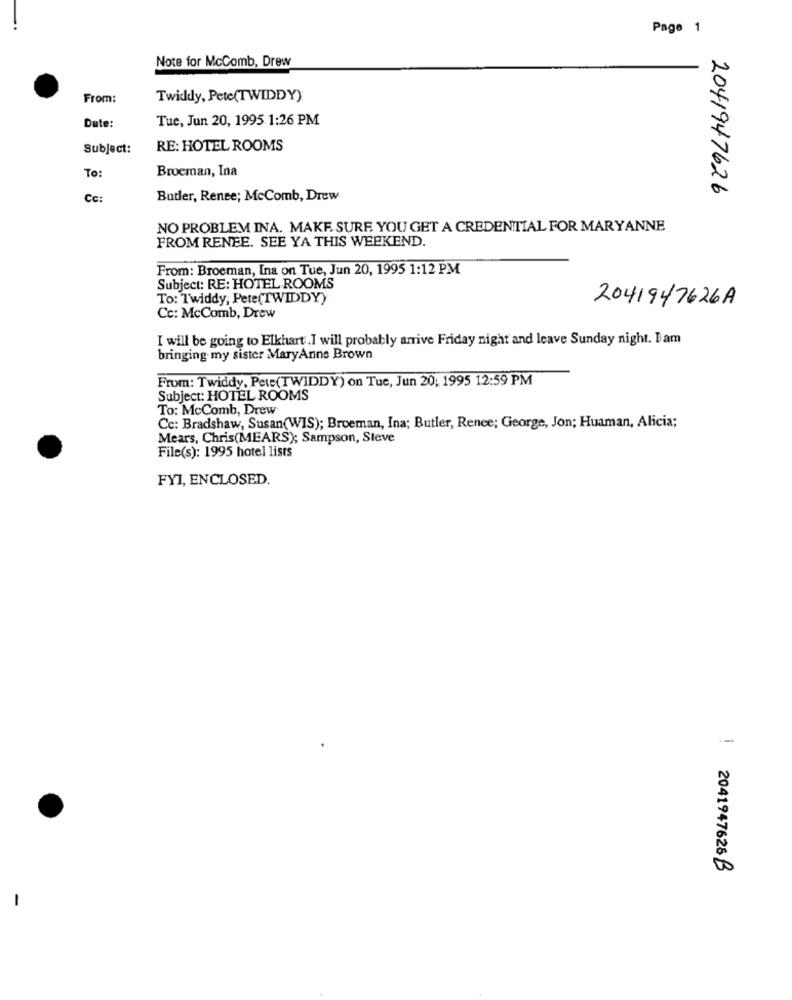
Page 1
Note for McComb, Drew
From:
Twiddy, Pete(TWIDDY)
Date:
Tue, Jun 20, 1995 1:26 PM
Subject:
RE: HOTEL ROOMS
Broeman, Ina
To:
2041947626
Cc:
Butler, Renee; McComb, Drew
NO PROBLEM INA. MAKE SURE YOU GET A CREDENTIAL FOR MARYANNE
FROM RENEE. SEE YA THIS WEEKEND.
From: Broeman, Ina on Tue, Jun 20, 1995 1:12 PM
Subject: RE: HOTEL ROOMS
To: 1'widdy, Pete(TWIDDY)
2041947626A
Cc: McComb, Drew
I will be going to Elkhart. I will probably arrive Friday night and leave Sunday night. Dam
bringing my sister MaryAnne Brown
From: Twiddy. Pete(TWIDDY) on Tue, Jun 20, 1995 12:59 PM
Subject: HOTEL ROOMS
To: McComb, Drew
Cc: Bradshaw, Susan(WIS); Broeman, Ina; Butler, Renee; George, Jon; Huaman, Alicia;
Mears, Chris(MEARS); Sampson, Steve
File(s): 1995 hotel lists
FYI, ENCLOSED.
--
00
! 2041947626 B